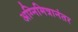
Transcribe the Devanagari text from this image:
अग्निमित्रानंतर